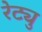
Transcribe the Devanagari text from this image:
रेट्यु